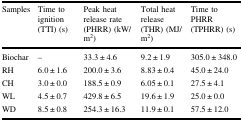
<table><thead><tr><td><b>Samples</b></td><td><b>Time to ignition (TTI) (s)</b></td><td><b>Peak heat release rate (PHRR) (kW/m<sup>2</sup>)</b></td><td><b>Total heat release (THR) (MJ/m<sup>2</sup>)</b></td><td><b>Time to PHRR (TPHRR) (s)</b></td></tr></thead><tbody><tr><td>Biochar</td><td>–</td><td>33.3 ± 4.6</td><td>9.2 ± 1.9</td><td>305.0 ± 348.0</td></tr><tr><td>RH</td><td>6.0 ± 1.6</td><td>200.0 ± 3.6</td><td>8.83 ± 0.4</td><td>45.0 ± 24.0</td></tr><tr><td>CH</td><td>3.0 ± 0.0</td><td>188.5 ± 0.9</td><td>6.05 ± 0.1</td><td>27.5 ± 4.1</td></tr><tr><td>WL</td><td>4.5 ± 0.7</td><td>429.8 ± 6.5</td><td>19.6 ± 1.9</td><td>25.0 ± 0.0</td></tr><tr><td>WD</td><td>8.5 ± 0.8</td><td>254.3 ± 16.3</td><td>11.9 ± 0.1</td><td>57.5 ± 12.0</td></tr></tbody></table>